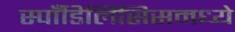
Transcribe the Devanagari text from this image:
स्पाँडिलिसिसमध्ये